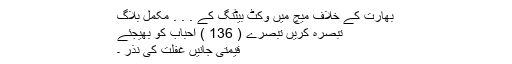
بھارت کے خلاف میچ میں وکٹ بیٹنگ کے . . . مکمل بلاگ
تبصرہ کریں تبصرے ( 136 ) احباب کو بھیجئے
قیمتی جانیں غفلت کی نذر ۔